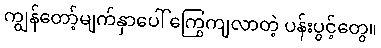
ကျွန်တော့်မျက်နှာပေါ် ကြွေကျလာတဲ့ ပန်းပွင့်တွေ။